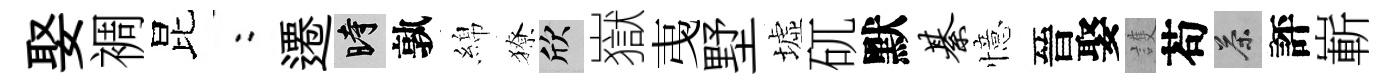
娶裯昆欸遷时孰綿獠欣嶽𢎯墅墟矹默綦憶晉娶護苟茶評嶄